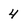
Character: 4